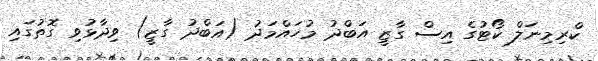
ކްރިމިނަލް ކޯޓުގެ އިސް ގާޒީ އަބްދު މުހައްމަދު (އަބްދު ގާޒީ) ވިދާޅުވި ގޮތުގައި